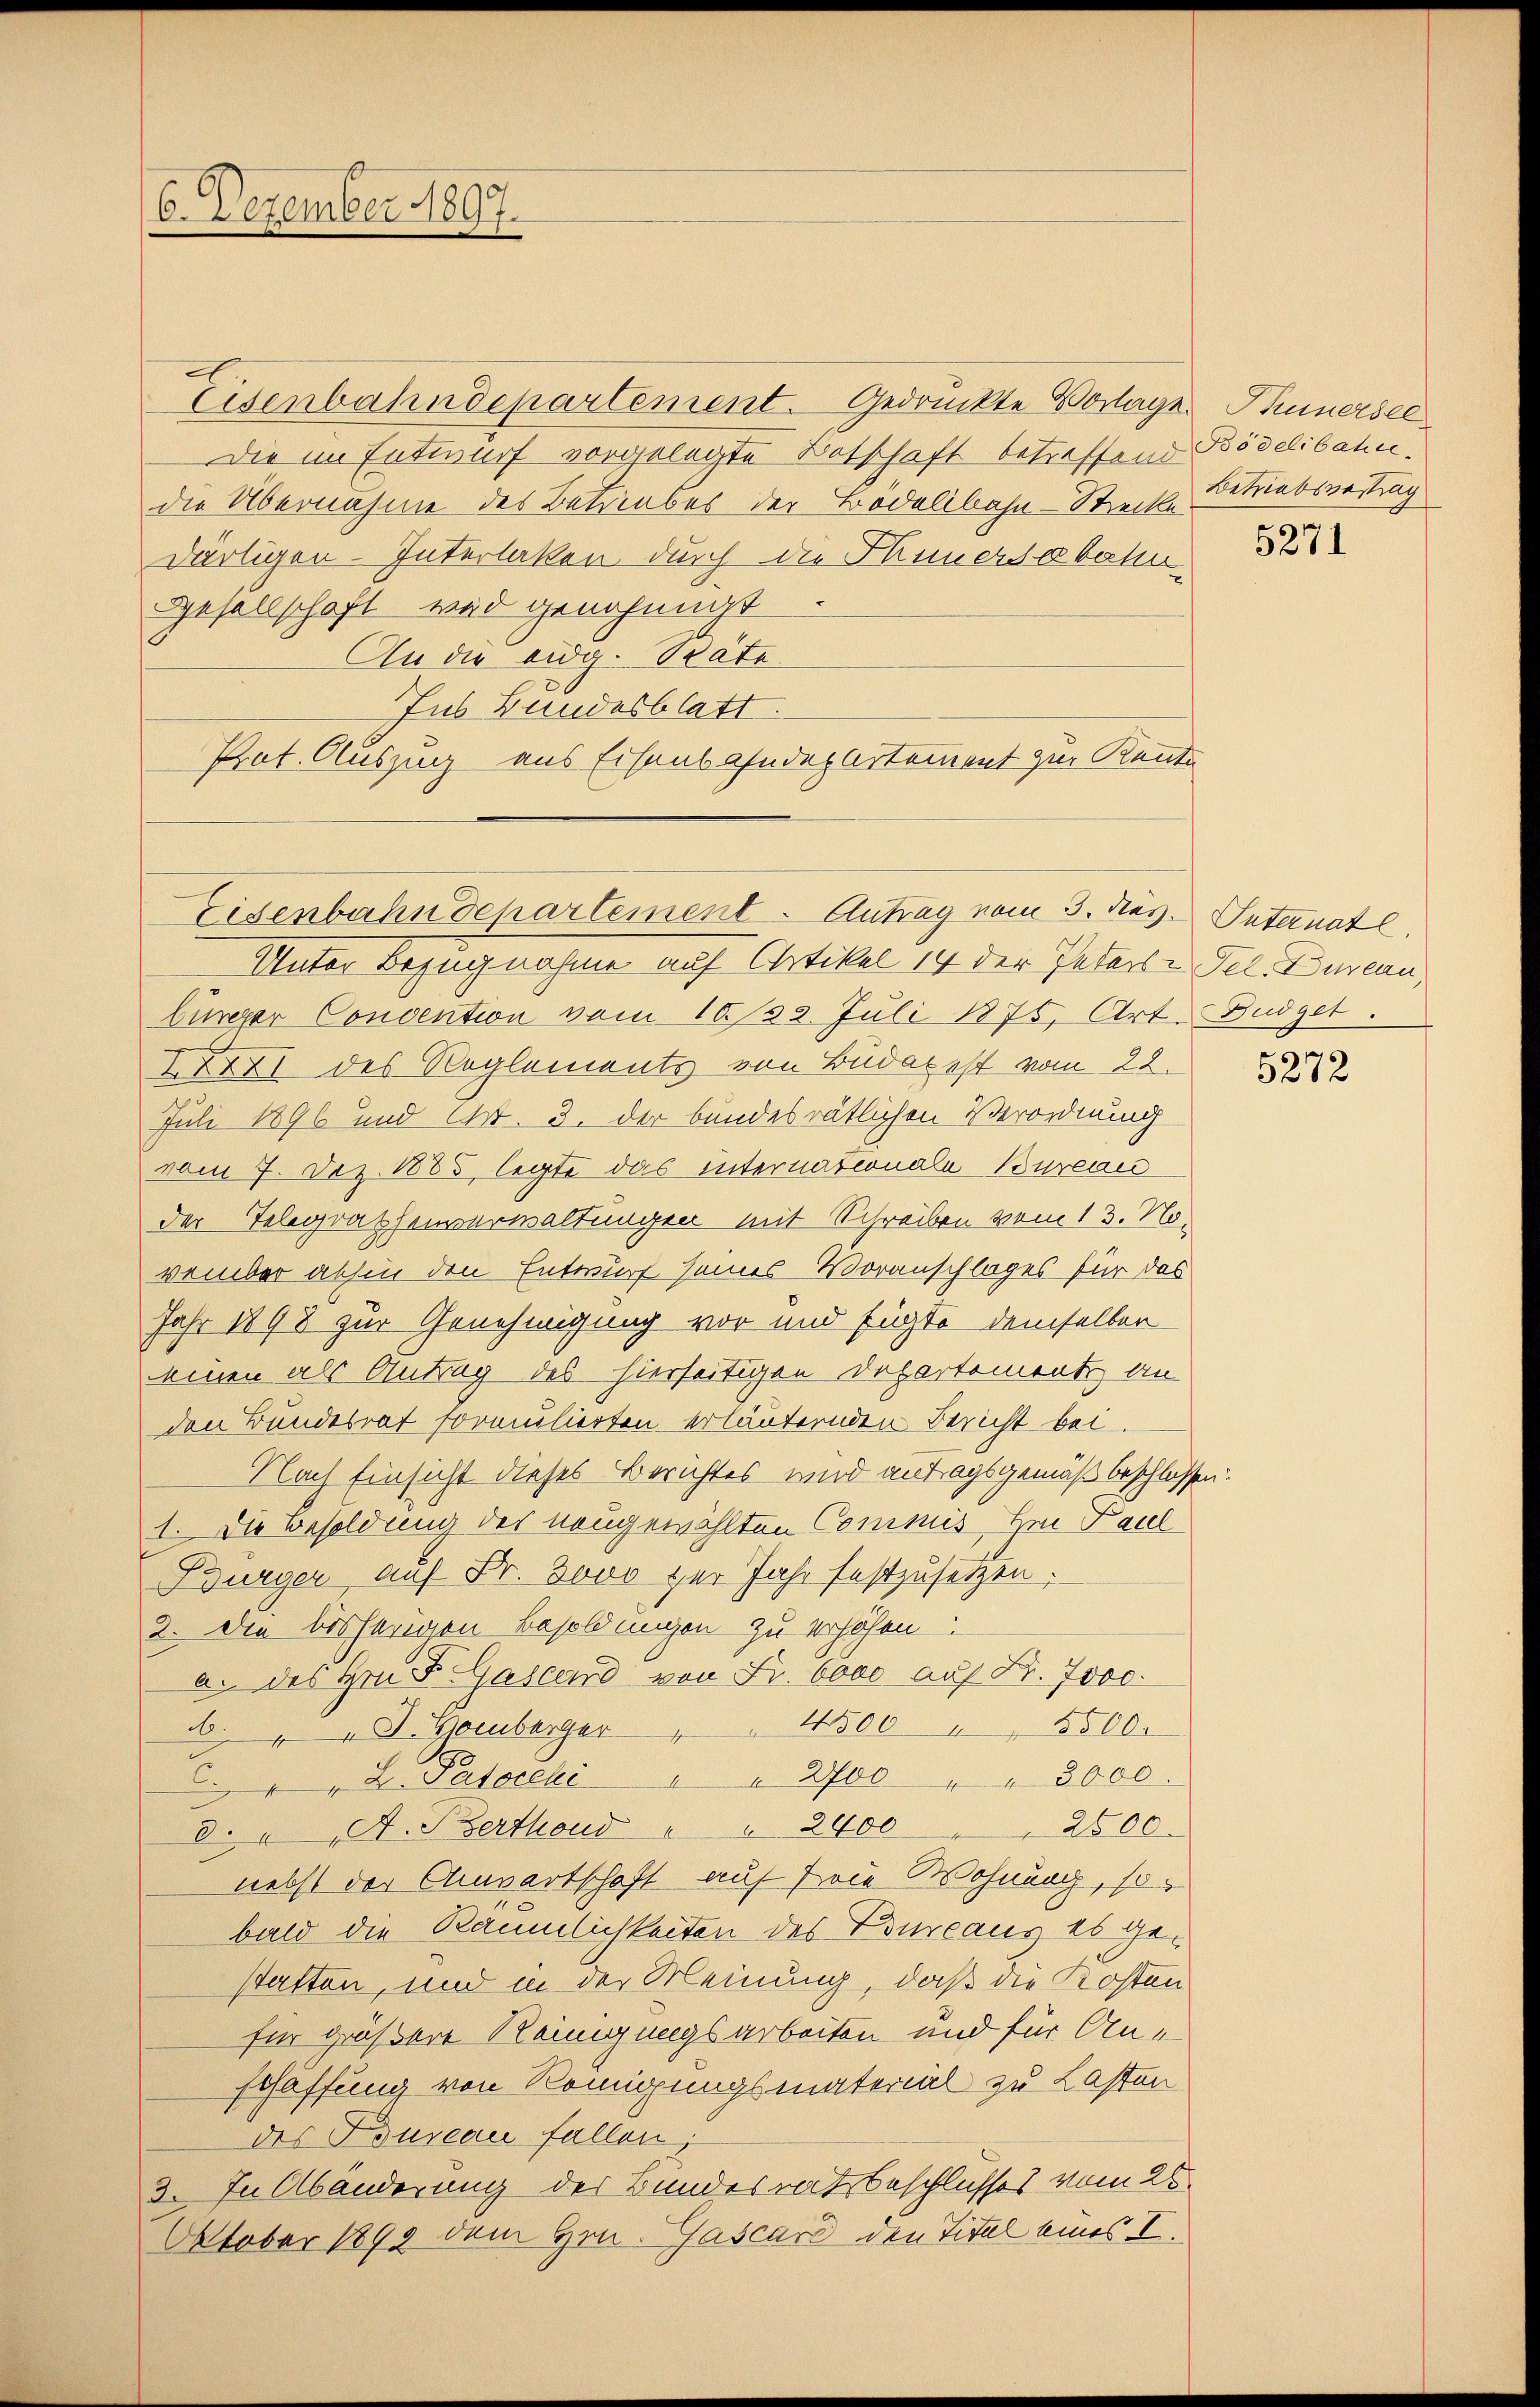
6. Dezember 1897.

Eisenbahndepartement. Gedruckte Vorlage Thunersec
Die im Entwurf vorgelegte Botschaft betreffend Bödelibahn
die Übernahme des Betriebes der Bödelibahn-Strecke
därtigen Interlaken durch die Hannersabahn
Gesellschaft wird genohmat
An die eidg. Rate
Ins Bundesblatt.
Prot. Auszug aus Eisenbahndepartement zur Kentn

Eisenbahndepartement. Antrag vom 3. dies. Internatl

Betriebsvertrag

Unter Bezugnahme auf Artikel 14 der Jeders - Fel. Dureau,
bürger Convention vom 10. 32. Juli 1875, Art. Büdget.
XXXII des Reglements von Budapest vom 22.
Juli 1896 und Nr. 3. der bundesrätlichen Verordnung
vom 7. Dez. 1885, legte das internationale Bureau
der Telegraphenverwaltungen mit Schreiben vom 13. November abhin den Entwurf seines Voranschlages für das
Jahr 1898 zur Genehmigung vor und fügte demselben
einen als Antrag des hierseitigen Departement an
den Bundesrat formulierten erläuternden Bericht bei.
Nach Einsicht dieses Berichtes wird antragsgemäß beschlossen.
1. Die Besoldung des neugewählten Commis Hrn. Paul
Burger auf Fr. 3000 zur Jahr festzusetzen.
2. Die bisherigen Besoldungen zu erhöhen.
a. des Hrn. F. Gascard von Fr. 6000 auf Fr. 7000.
. " " J. Homberger " " 4500 " " 5500.
. " " 2. Patoceki " " 2700 " " 8000.
8. " A. Szerthoud " " 2400 " " 2500
nebst der Anwartschaft auf Prie Wohnung, so
bald die Räumlichkeiten des Bureaus es ge-
statten, und in der Meinung, daß die Kosten
für größere Reinigungsarbeiten und für Anschaffung von Romigungsmaterial zu Lasten
des Bureau fallen;
3. In Abänderung des Bundesratsbeschlusses vom 25.
Oktober 1899 dem Hrn. Jascard den Titel eines I.

5271

5272